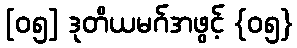
[၀၅] ဒုတိယမဂ်အဖွင့် {၀၅}